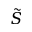
\tilde { S }